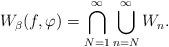
LaTeX: \begin{align*}W_{\beta}(f,\varphi)=\bigcap_{N=1}^{\infty}\bigcup_{n=N}^{\infty}W_n.\end{align*}